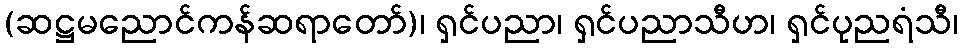
(ဆဋ္ဌမညောင်ကန်ဆရာတော်)၊ ရှင်ပညာ၊ ရှင်ပညာသီဟ၊ ရှင်ပုညရံသီ၊